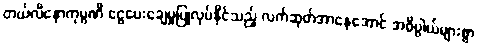
တယ်လီနောကုမ္ပဏီ ငွေပေးချေမှုပြုလုပ်နိုင်သည့် လက်ဆုတ်အာနေအောင် အဓိပ္ပါယ်များစွာ